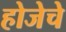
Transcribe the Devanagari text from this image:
होजेचे